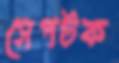
সেপটক